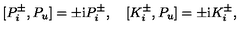
{ } [ P _ { i } ^ { \pm } , P _ { u } ] = \pm \mathrm { i } P _ { i } ^ { \pm } , \quad { } [ K _ { i } ^ { \pm } , P _ { u } ] = \pm \mathrm { i } K _ { i } ^ { \pm } ,